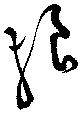
狼